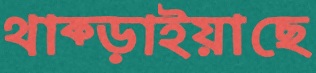
থাক্‌ড়াইয়াছে